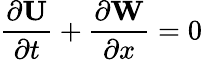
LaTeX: \frac{\partial\textbf{U}}{\partial t}+\frac{\partial\textbf{W}}{\partial x}=0